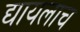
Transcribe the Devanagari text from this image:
द्यायलाच